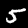
Digit: 5